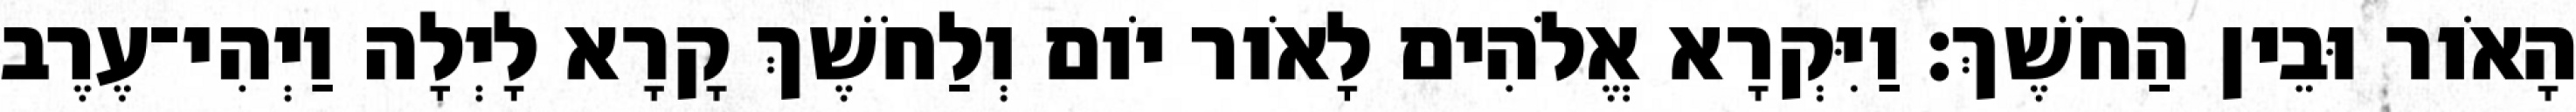
הָאֹור וּבֵין הַחֹשֶׁךְ׃ וַיִּקְרָא אֱלֹהִים לָאֹור יֹום וְלַחֹשֶׁךְ קָרָא לָיְלָה וַיְהִי־עֶרֶב